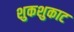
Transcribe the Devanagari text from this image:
शुकशुकाट